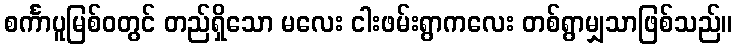
စင်္ကာပူမြစ်ဝတွင် တည်ရှိသော မလေး ငါးဖမ်းရွာကလေး တစ်ရွာမျှသာဖြစ်သည်။